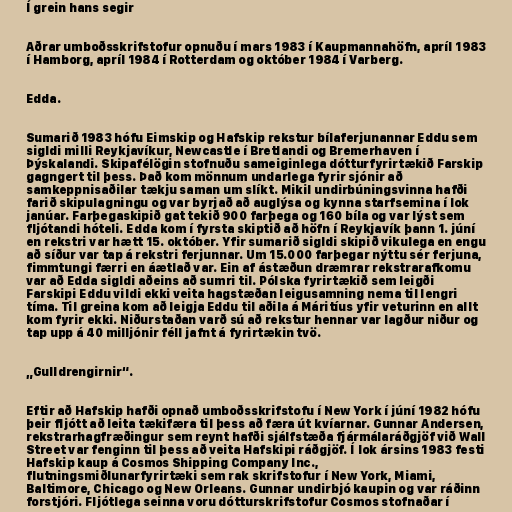
Í grein hans segir

Aðrar umboðsskrifstofur opnuðu í mars 1983 í Kaupmannahöfn, apríl 1983
í Hamborg, apríl 1984 í Rotterdam og október 1984 í Varberg.

Edda.

Sumarið 1983 hófu Eimskip og Hafskip rekstur bílaferjunannar Eddu sem
sigldi milli Reykjavíkur, Newcastle í Bretlandi og Bremerhaven í
Þýskalandi. Skipafélögin stofnuðu sameiginlega dótturfyrirtækið Farskip
gagngert til þess. Það kom mönnum undarlega fyrir sjónir að
samkeppnisaðilar tækju saman um slíkt. Mikil undirbúningsvinna hafði
farið skipulagningu og var byrjað að auglýsa og kynna starfsemina í lok
janúar. Farþegaskipið gat tekið 900 farþega og 160 bíla og var lýst sem
fljótandi hóteli. Edda kom í fyrsta skiptið að höfn í Reykjavík þann 1. júní
en rekstri var hætt 15. október. Yfir sumarið sigldi skipið vikulega en engu
að síður var tap á rekstri ferjunnar. Um 15.000 farþegar nýttu sér ferjuna,
fimmtungi færri en áætlað var. Ein af ástæðun dræmrar rekstrarafkomu
var að Edda sigldi aðeins að sumri til. Pólska fyrirtækið sem leigði
Farskipi Eddu vildi ekki veita hagstæðan leigusamning nema til lengri
tíma. Til greina kom að leigja Eddu til aðila á Máritíus yfir veturinn en allt
kom fyrir ekki. Niðurstaðan varð sú að rekstur hennar var lagður niður og
tap upp á 40 milljónir féll jafnt á fyrirtækin tvö.

„Gulldrengirnir“.

Eftir að Hafskip hafði opnað umboðsskrifstofu í New York í júní 1982 hófu
þeir fljótt að leita tækifæra til þess að færa út kvíarnar. Gunnar Andersen,
rekstrarhagfræðingur sem reynt hafði sjálfstæða fjármálaráðgjöf við Wall
Street var fenginn til þess að veita Hafskipi ráðgjöf. Í lok ársins 1983 festi
Hafskip kaup á Cosmos Shipping Company Inc.,
flutningsmiðlunarfyrirtæki sem rak skrifstofur í New York, Miami,
Baltimore, Chicago og New Orleans. Gunnar undirbjó kaupin og var ráðinn
forstjóri. Fljótlega seinna voru dótturskrifstofur Cosmos stofnaðar í